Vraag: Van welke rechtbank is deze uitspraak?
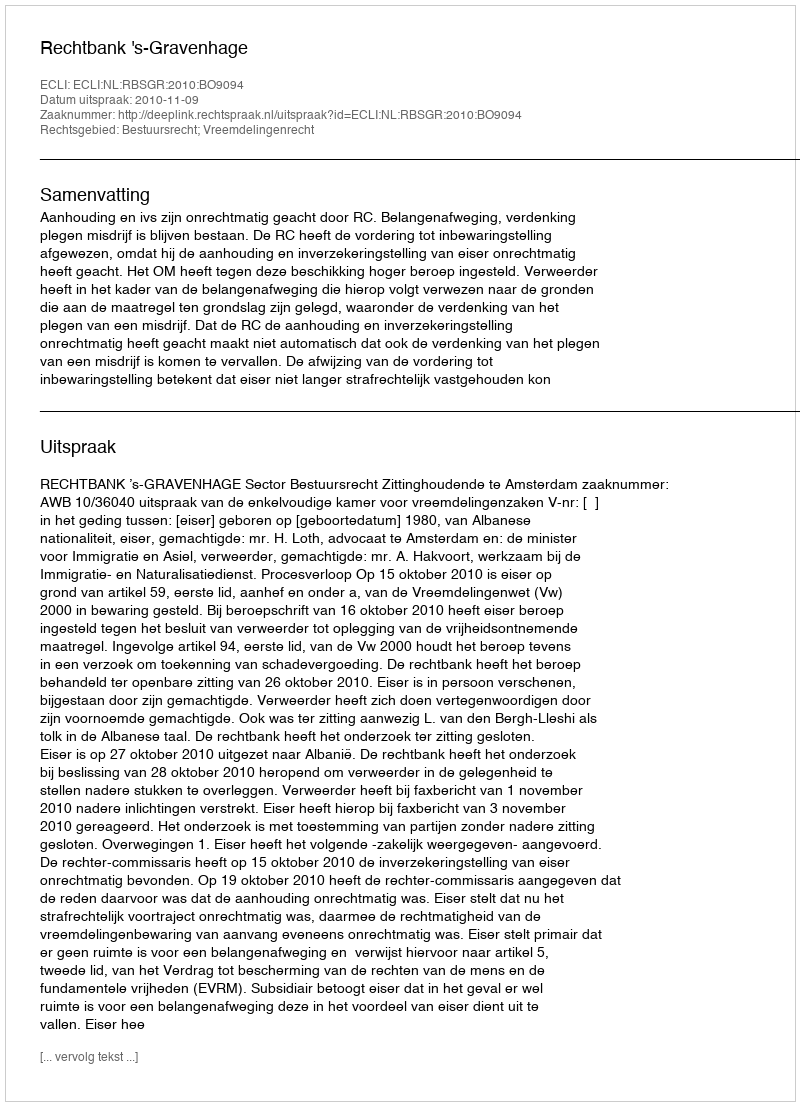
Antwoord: Rechtbank 's-Gravenhage